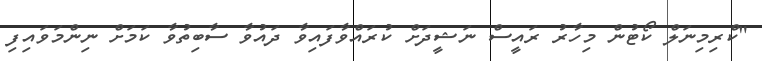
"ކްރިމިނަލް ކޯޓުން މިހާރު ރައީސް ނަޝީދަށް ކުރައްވާފައިވާ ދައުވާ ސާބިތުވާ ކަމަށް ނިންމަވައިފި